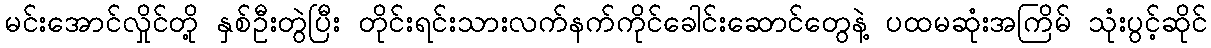
မင်းအောင်လှိုင်တို့ နှစ်ဦးတွဲပြီး တိုင်းရင်းသားလက်နက်ကိုင်ခေါင်းဆောင်တွေနဲ့ ပထမဆုံးအကြိမ် သုံးပွင့်ဆိုင်